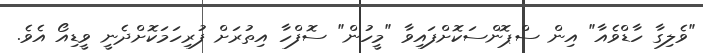
"ވެލިގާ ހާޑްވެއާ" އިން ސްޕޮންސަކޮށްފައިވާ "މީހުން" ސޮފްހާ އިތުރަށް ފުރިހަމަކޮށްދެނީ ވީޑިއޯ އެވެ.